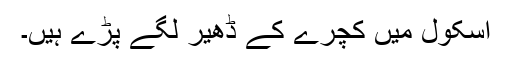
اسکول میں کچرے کے ڈھیر لگے پڑے ہیں۔